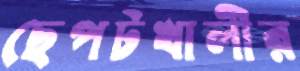
ছেপটখালীর